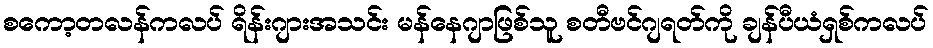
စကော့တလန်ကလပ် ရိန်းဂျားအသင်း မန်နေဂျာဖြစ်သူ စတီဗင်ဂျရတ်ကို ချန်ပီယံရှစ်ကလပ်